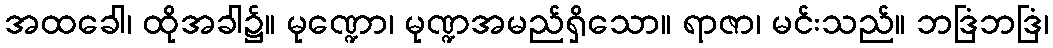
အထခေါ၊ ထိုအခါ၌။ မုဏ္ဍော၊ မုဏ္ဍအမည်ရှိသော။ ရာဇာ၊ မင်းသည်။ ဘဒြံဘဒြံ၊